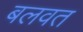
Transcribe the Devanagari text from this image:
बलवत